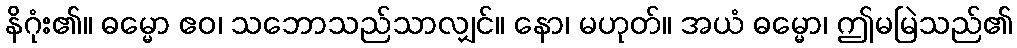
နိဂုံး၏။ ဓမ္မော ဧဝ၊ သဘောသည်သာလျှင်။ နော၊ မဟုတ်။ အယံ ဓမ္မော၊ ဤမမြဲသည်၏